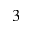
^ 3